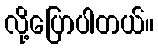
လို့ပြောပါတယ်။